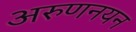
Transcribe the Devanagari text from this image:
अरुणनयन